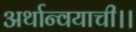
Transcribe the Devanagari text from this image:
अर्थान्वयाची।।